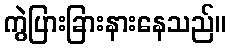
ကွဲပြားခြားနားနေသည်။